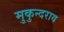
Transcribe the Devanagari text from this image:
मुकुन्दराय